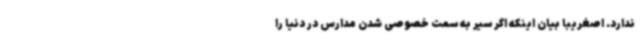
ندارد. اصغریبا بیان اینکه اگر سیر به سمت خصوصی شدن مدارس در دنیا را